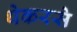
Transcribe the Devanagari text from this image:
थेकरसे